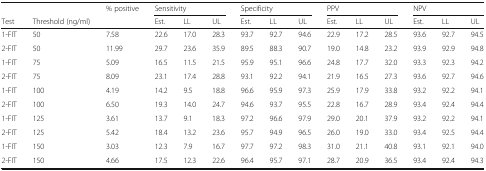
<table><thead><tr><td></td><td></td><td><b>% positive</b></td><td colspan="3"><b>Sensitivity</b></td><td colspan="3"><b>Specificity</b></td><td colspan="3"><b>PPV</b></td><td colspan="3"><b>NPV</b></td></tr><tr><td><b>Test</b></td><td><b>Threshold (ng/ml)</b></td><td></td><td><b>Est.</b></td><td><b>LL</b></td><td><b>UL</b></td><td><b>Est.</b></td><td><b>LL</b></td><td><b>UL</b></td><td><b>Est.</b></td><td><b>LL</b></td><td><b>UL</b></td><td><b>Est.</b></td><td><b>LL</b></td><td><b>UL</b></td></tr></thead><tbody><tr><td>1-FIT</td><td>50</td><td>7.58</td><td>22.6</td><td>17.0</td><td>28.3</td><td>93.7</td><td>92.7</td><td>94.6</td><td>22.9</td><td>17.2</td><td>28.5</td><td>93.6</td><td>92.7</td><td>94.5</td></tr><tr><td>2-FIT</td><td>50</td><td>11.99</td><td>29.7</td><td>23.6</td><td>35.9</td><td>89.5</td><td>88.3</td><td>90.7</td><td>19.0</td><td>14.8</td><td>23.2</td><td>93.9</td><td>92.9</td><td>94.8</td></tr><tr><td>1-FIT</td><td>75</td><td>5.09</td><td>16.5</td><td>11.5</td><td>21.5</td><td>95.9</td><td>95.1</td><td>96.6</td><td>24.8</td><td>17.7</td><td>32.0</td><td>93.3</td><td>92.3</td><td>94.2</td></tr><tr><td>2-FIT</td><td>75</td><td>8.09</td><td>23.1</td><td>17.4</td><td>28.8</td><td>93.1</td><td>92.2</td><td>94.1</td><td>21.9</td><td>16.5</td><td>27.3</td><td>93.6</td><td>92.7</td><td>94.6</td></tr><tr><td>1-FIT</td><td>100</td><td>4.19</td><td>14.2</td><td>9.5</td><td>18.8</td><td>96.6</td><td>95.9</td><td>97.3</td><td>25.9</td><td>17.9</td><td>33.8</td><td>93.2</td><td>92.2</td><td>94.1</td></tr><tr><td>2-FIT</td><td>100</td><td>6.50</td><td>19.3</td><td>14.0</td><td>24.7</td><td>94.6</td><td>93.7</td><td>95.5</td><td>22.8</td><td>16.7</td><td>28.9</td><td>93.4</td><td>92.4</td><td>94.4</td></tr><tr><td>1-FIT</td><td>125</td><td>3.61</td><td>13.7</td><td>9.1</td><td>18.3</td><td>97.2</td><td>96.6</td><td>97.9</td><td>29.0</td><td>20.1</td><td>37.9</td><td>93.2</td><td>92.2</td><td>94.1</td></tr><tr><td>2-FIT</td><td>125</td><td>5.42</td><td>18.4</td><td>13.2</td><td>23.6</td><td>95.7</td><td>94.9</td><td>96.5</td><td>26.0</td><td>19.0</td><td>33.0</td><td>93.4</td><td>92.5</td><td>94.4</td></tr><tr><td>1-FIT</td><td>150</td><td>3.03</td><td>12.3</td><td>7.9</td><td>16.7</td><td>97.7</td><td>97.2</td><td>98.3</td><td>31.0</td><td>21.1</td><td>40.8</td><td>93.1</td><td>92.1</td><td>94.0</td></tr><tr><td>2-FIT</td><td>150</td><td>4.66</td><td>17.5</td><td>12.3</td><td>22.6</td><td>96.4</td><td>95.7</td><td>97.1</td><td>28.7</td><td>20.9</td><td>36.5</td><td>93.4</td><td>92.4</td><td>94.3</td></tr></tbody></table>